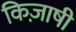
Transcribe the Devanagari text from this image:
किज़ाषी